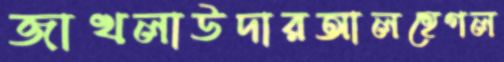
জাখলাউদারআলহেগল